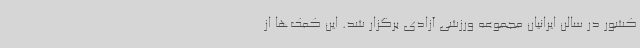
کشور در سالن ایرانیان مجموعه ورزشی آزادی برگزار شد. این کمک‌ها از